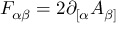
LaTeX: F _ { \alpha \beta } = 2 \partial _ { [ \alpha } A _ { \beta ] }